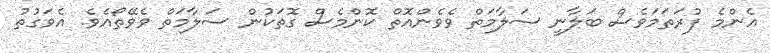
އެންމެ ފުރަތަމަވެސް ބަލާނީ ސަލާމަތް ވެވެންއޮތް ކޮންމެސް ގޮތަކުން ސަލާމަތް ވެވޭތޯއެވެ. އެވަގުތު